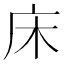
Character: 床